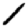
Digit: 1